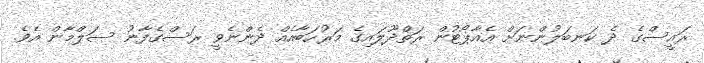
ރައީސްގެ ދެ ކަނބަލުންނަށް އެއާޕޯޓުން ރަތްދޫލައިގެ މަރުހަބާއެއް ދެންނެވީ ރަސްގެފާނު ސަލްމާން އެވެ.